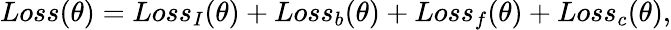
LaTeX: Loss(\theta)=Loss_{I}(\theta)+Loss_{b}(\theta)+Loss_{f}(\theta)+Loss_{c}(\theta),